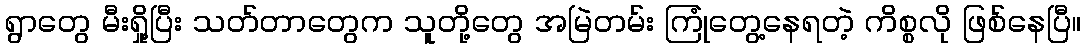
ရွာတွေ မီးရှို့ပြီး သတ်တာတွေက သူတို့တွေ အမြဲတမ်း ကြုံတွေ့နေရတဲ့ ကိစ္စလို ဖြစ်နေပြီ။